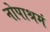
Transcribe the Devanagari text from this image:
नोपाश्रमं